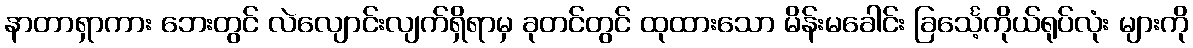
နာတာရှာကား ဘေးတွင် လဲလျောင်းလျက်ရှိရာမှ ခုတင်တွင် ထုထားသော မိန်းမခေါင်း ခြင်္သေ့ကိုယ်ရုပ်လုံး များကို